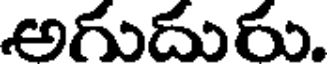
అగుదురు.